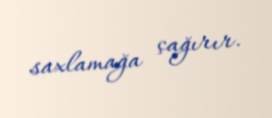
saxlamağa çağırır.